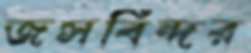
জসবিন্দর